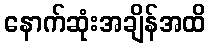
နောက်ဆုံးအချိန်အထိ